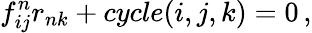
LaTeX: f_{ij}^{n}r_{nk}+cycle(i,j,k)=0\, ,